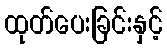
ထုတ်ပေးခြင်းနှင့်